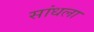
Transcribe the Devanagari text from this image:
सांधला